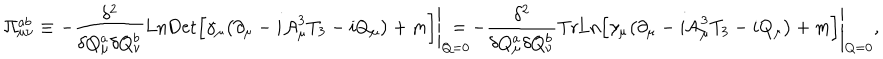
\Pi _ { \mu \nu } ^ { a b } \equiv - \frac { \delta ^ { 2 } } { \delta Q _ { \mu } ^ { a } \delta Q _ { \nu } ^ { b } } \mathrm { L n } { \mathrm { D e t } } \Big [ \gamma _ { \mu } \bigl ( \partial _ { \mu } - i { \cal A } _ { \mu } ^ { 3 } T _ { 3 } - i Q _ { \mu } \bigr ) + m \Big ] \Bigg \vert _ { Q = 0 } \hspace { - 3 e x } = - \frac { \delta ^ { 2 } } { \delta Q _ { \mu } ^ { a } \delta Q _ { \nu } ^ { b } } \mathrm { T r } \mathrm { L n } \Big [ \gamma _ { \mu } \bigl ( \partial _ { \mu } - i { \cal A } _ { \mu } ^ { 3 } T _ { 3 } - i Q _ { \mu } \bigr ) + m \Big ] \Bigg \vert _ { Q = 0 } ,